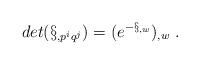
\begin{align*}det ( \S_{,p^{i}q^{j}} ) = (e^{-\S _{,w}})_{,w} \ .\end{align*}